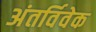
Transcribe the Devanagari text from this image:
अंतर्विवेक